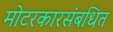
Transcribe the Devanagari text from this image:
मोटरकारसंबधित